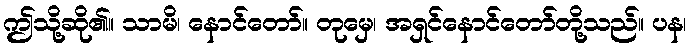
ဤသို့ဆို၏။ သာမိ၊ နောင်တော်။ တုမှေ၊ အရှင်နောင်တော်တို့သည်။ ပန၊